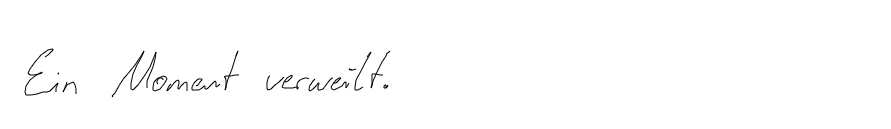
Ein Moment verweilt.